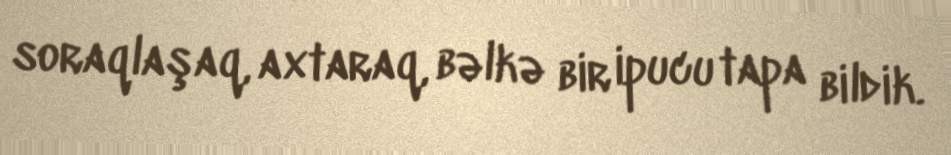
soraqlaşaq, axtaraq, bəlkə bir ipucu tapa bildik.